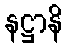
နဋ္ဌာနိ